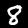
Label: 8